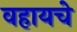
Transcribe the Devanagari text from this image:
वहायचे